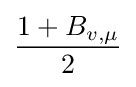
{\frac {1+B_{v,\mu }}{2}}